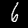
Digit: 6